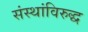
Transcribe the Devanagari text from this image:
संस्थांविरुद्ध